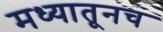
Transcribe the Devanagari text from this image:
मध्यातूनच